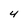
Character: 4